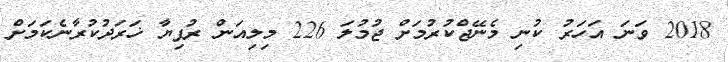
2018 ވަނަ އަހަރު ކުނި މެނޭޖްކުރުމަށް ޖުމުލަ 226 މިލިއަން ރުފިޔާ ޚަރަދުކުރާނެކަމަށް